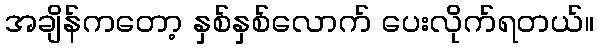
အချိန်ကတော့ နှစ်နှစ်လောက် ပေးလိုက်ရတယ်။